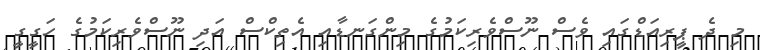
މި ދެ ޕީރިއަޑްގައި ވެސް ނޫސްވެރިކަމުގެ މިންގަނޑާއި އެތިކްސް އަދި ނޫސްވެރިކަމުގެ ހަގީގީ